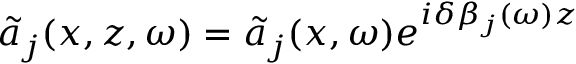
\tilde { a } _ { j } ( x , z , \omega ) = \tilde { a } _ { j } ( x , \omega ) e ^ { i \delta \beta _ { j } ( \omega ) z }